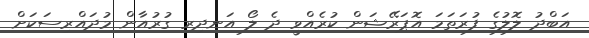
އަބްދު ލޮލުގެ ފުރަތަމަ އޮޕަރޭޝަން ކުރެއްވީ ދެ ލޯ އަނދިރި ގުރުއާން މުދައްރިސަކަށް